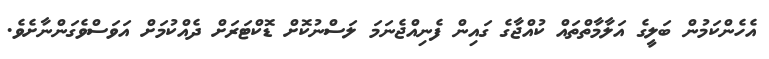
އެހެންކަމުން ބަލީގެ އަލާމާތްތައް ކުއްޖާގެ ގައިން ފެނިއްޖެނަމަ ލަސްނުކޮށް ޑޮކްޓަރަށް ދެއްކުމަށް އަވަސްވެގަންނާށެވެ.